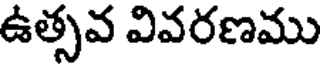
ఉత్సవ వివరణము